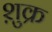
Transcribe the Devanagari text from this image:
शु़क्र